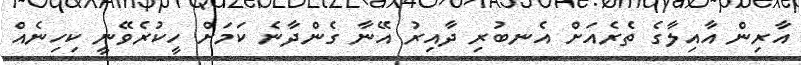
އާރިން އާއިލާގެ ތެރެއަށް އެނބުރި ދާއިރު އޭނާ ގެންދާނެ ކަމަށް ހީކުރެވޭނީ ކިހިނެއް